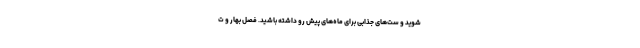
شوید و ست‌های جذابی برای ماه‌های پیش رو داشته باشید. فصل بهار و ت